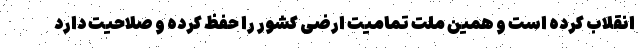
انقلاب کرده است و همین ملت تمامیت ارضی کشور را حفظ کرده و صلاحیت دارد